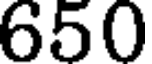
650